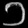
Digit: ၁